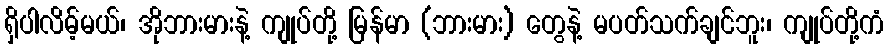
ရှိပါလိမ့်မယ်၊ အိုဘားမားနဲ့ ကျုပ်တို့ မြန်မာ (ဘားမား) တွေနဲ့ မပတ်သက်ချင်ဘူး၊ ကျုပ်တို့ကံ